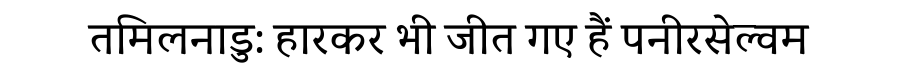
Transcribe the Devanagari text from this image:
तमिलनाडु: हारकर भी जीत गए हैं पनीरसेल्वम